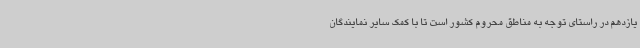
یازدهم در راستای توجه به مناطق محروم کشور است تا با کمک سایر نمایندگان